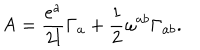
{ \sf A } = \frac { e ^ { a } } { 2 l } \Gamma _ { a } + \frac { 1 } { 2 } \omega ^ { a b } \Gamma _ { a b } .